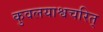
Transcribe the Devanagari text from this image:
कुवलयाश्वचरित्